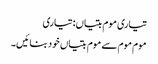
تیاری موم بتیاں: تیاری
موم موم سے موم بتیاں خود بنائیں۔